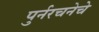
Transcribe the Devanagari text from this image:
पुर्नरचनेचे